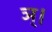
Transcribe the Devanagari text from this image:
ञ्।